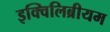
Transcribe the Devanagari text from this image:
इक्विलिब्रीयम